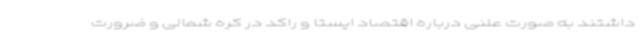
داشتند به صورت علنی درباره اقتصاد ایستا و راکد در کره شمالی و ضرورت